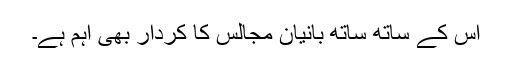
اس کے ساتھ ساتھ بانیان مجالس کا کردار بھی اہم ہے۔